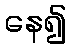
နေ၍